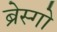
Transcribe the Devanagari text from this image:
ब्रेस्गो